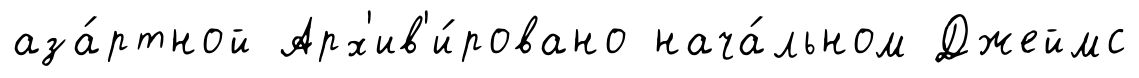
аза́ртной Арх'ив'и́ровано нача́льном Джеймс